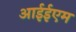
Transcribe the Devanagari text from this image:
आईईएम